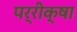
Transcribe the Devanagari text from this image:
पर्रीक्षा